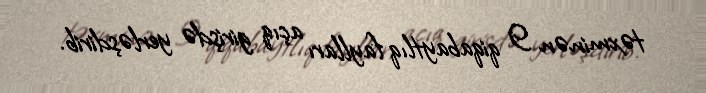
təxminən 9 qiqabaytlıq faylları açıq girişdə yerləşdirib.